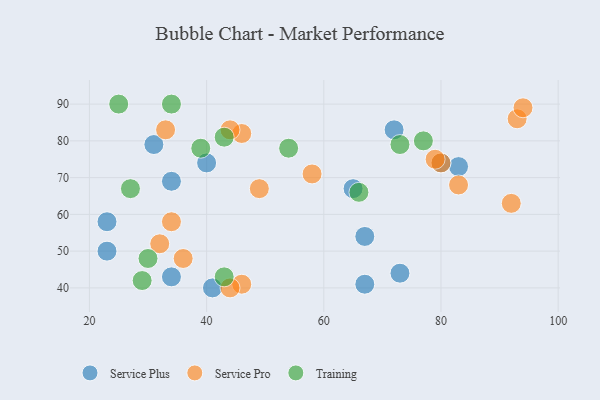
{"axis": {"x": "GDP", "y": "Life Expectancy"}, "legend": ["Service Plus", "Service Pro", "Training"], "data": [{"x": "65", "y": 67, "type": "Service Plus"}, {"x": "40", "y": 74, "type": "Service Plus"}, {"x": "73", "y": 44, "type": "Service Plus"}, {"x": "31", "y": 79, "type": "Service Plus"}, {"x": "83", "y": 73, "type": "Service Plus"}, {"x": "67", "y": 54, "type": "Service Plus"}, {"x": "34", "y": 69, "type": "Service Plus"}, {"x": "41", "y": 40, "type": "Service Plus"}, {"x": "34", "y": 43, "type": "Service Plus"}, {"x": "72", "y": 83, "type": "Service Plus"}, {"x": "23", "y": 50, "type": "Service Plus"}, {"x": "80", "y": 74, "type": "Service Plus"}, {"x": "23", "y": 58, "type": "Service Plus"}, {"x": "67", "y": 41, "type": "Service Plus"}, {"x": "46", "y": 82, "type": "Service Pro"}, {"x": "44", "y": 83, "type": "Service Pro"}, {"x": "92", "y": 63, "type": "Service Pro"}, {"x": "83", "y": 68, "type": "Service Pro"}, {"x": "93", "y": 86, "type": "Service Pro"}, {"x": "33", "y": 83, "type": "Service Pro"}, {"x": "80", "y": 74, "type": "Service Pro"}, {"x": "49", "y": 67, "type": "Service Pro"}, {"x": "79", "y": 75, "type": "Service Pro"}, {"x": "46", "y": 41, "type": "Service Pro"}, {"x": "36", "y": 48, "type": "Service Pro"}, {"x": "58", "y": 71, "type": "Service Pro"}, {"x": "44", "y": 40, "type": "Service Pro"}, {"x": "34", "y": 58, "type": "Service Pro"}, {"x": "94", "y": 89, "type": "Service Pro"}, {"x": "32", "y": 52, "type": "Service Pro"}, {"x": "30", "y": 48, "type": "Training"}, {"x": "27", "y": 67, "type": "Training"}, {"x": "29", "y": 42, "type": "Training"}, {"x": "73", "y": 79, "type": "Training"}, {"x": "66", "y": 66, "type": "Training"}, {"x": "39", "y": 78, "type": "Training"}, {"x": "43", "y": 43, "type": "Training"}, {"x": "54", "y": 78, "type": "Training"}, {"x": "25", "y": 90, "type": "Training"}, {"x": "77", "y": 80, "type": "Training"}, {"x": "34", "y": 90, "type": "Training"}, {"x": "43", "y": 81, "type": "Training"}]}